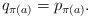
LaTeX: \begin{align*}q_{\pi(a)} = p_{\pi(a)}.\end{align*}